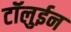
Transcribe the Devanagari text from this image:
टॉलुईन